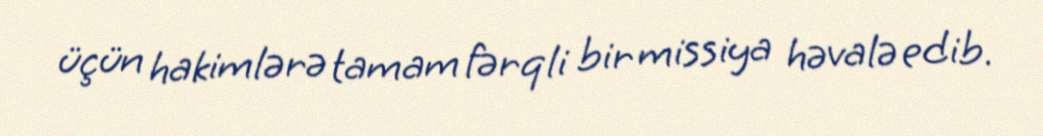
üçün hakimlərə tamam fərqli bir missiya həvalə edib.